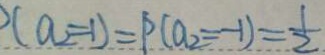
( a _ { 2 } = 1 ) = P ( a _ { 2 } = - 1 ) = \frac { 1 } { 2 }